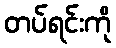
တပ်ရင်းကို